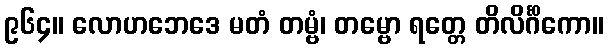
၉၆၄။ လောဟဘေဒေ မတံ တမ္ဗံ၊ တမ္ဗော ရတ္တေ တိလိင်္ဂိကော။